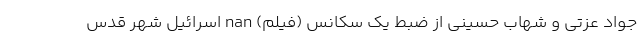
جواد عزتی و شهاب حسینی از ضبط یک سکانس (فیلم) nan اسرائیل شهر قدس